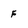
Character: F